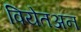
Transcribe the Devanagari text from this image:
वियेतअन